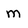
Character: M